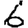
Digit: 6